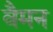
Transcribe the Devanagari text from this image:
वैमन